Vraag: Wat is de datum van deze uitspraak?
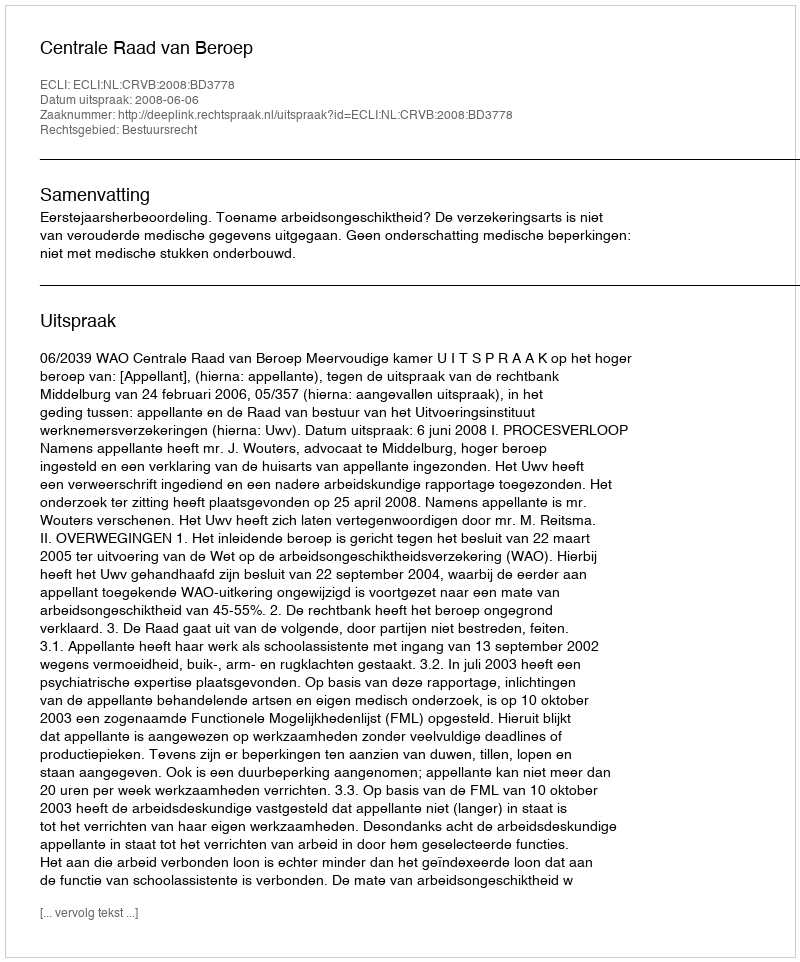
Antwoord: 2008-06-06